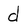
Character: d